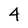
Character: 4